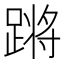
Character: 𬧀